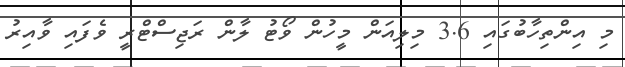
މި އިންތިހާބުގައި 3.6 މިލިއަން މީހުން ވޯޓު ލާން ރަޖިސްޓްރީ ވެފައި ވާއިރު